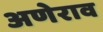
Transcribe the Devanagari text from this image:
अणेराव